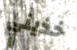
خذيني